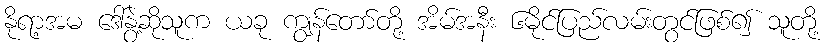
နိုရာ့အမ ဒေါ်နွဲ့ဆိုသူက ယခု ကျွန်တော်တို့ အိမ်အနီး ၆မိုင်ပြည်လမ်းတွင်ဖြစ်၍ သူတို့